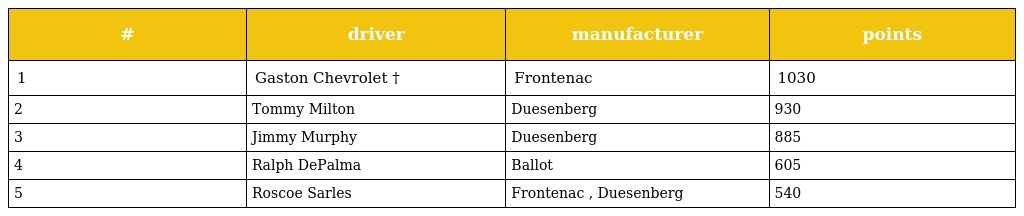
| # | driver | manufacturer | points |
 | --- | --- | --- | --- |
 | 1 | Gaston Chevrolet † | Frontenac | 1030 |
 | 2 | Tommy Milton | Duesenberg | 930 |
 | 3 | Jimmy Murphy | Duesenberg | 885 |
 | 4 | Ralph DePalma | Ballot | 605 |
 | 5 | Roscoe Sarles | Frontenac , Duesenberg | 540 |